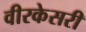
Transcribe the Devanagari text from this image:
वीरकेसरी